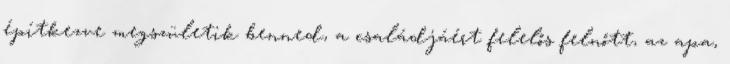
építkezve megszületik benned, a családjáért felelős felnőtt, az apa,